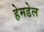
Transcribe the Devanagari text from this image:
हेमडेल